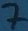
Text: 7